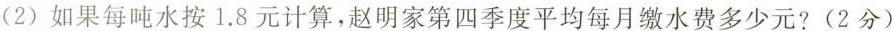
(2分)(2)如果每吨水按1.8元计算，赵明家第四季度平均每月缴水费多少元?(2分)